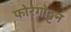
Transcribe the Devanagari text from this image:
फोरगोट्टन